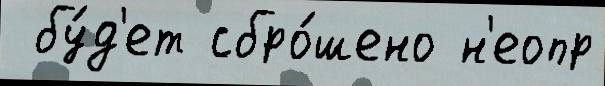
 бу́д'ет сбро́шено н'еопр